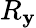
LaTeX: R_{\mathbf{y}}